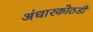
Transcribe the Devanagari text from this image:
अंधारकोठडी